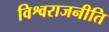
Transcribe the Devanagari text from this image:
विश्वराजनीति